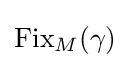
\operatorname {Fix} _{M}(\gamma )